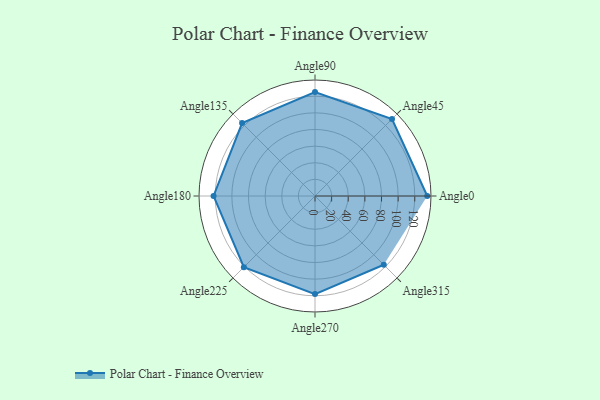
{"axis": {"x": "Angle", "y": "Radius"}, "legend": [""], "data": [{"x": "Angle0", "y": 135.0, "type": ""}, {"x": "Angle45", "y": 131.0, "type": ""}, {"x": "Angle90", "y": 125.0, "type": ""}, {"x": "Angle135", "y": 124.0, "type": ""}, {"x": "Angle180", "y": 122.0, "type": ""}, {"x": "Angle225", "y": 121.0, "type": ""}, {"x": "Angle270", "y": 118.0, "type": ""}, {"x": "Angle315", "y": 117.0, "type": ""}]}